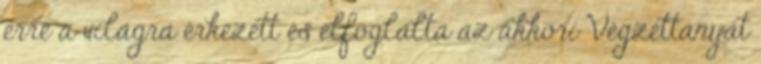
erre a világra érkezett és elfoglalta az akkori Végzettanyát